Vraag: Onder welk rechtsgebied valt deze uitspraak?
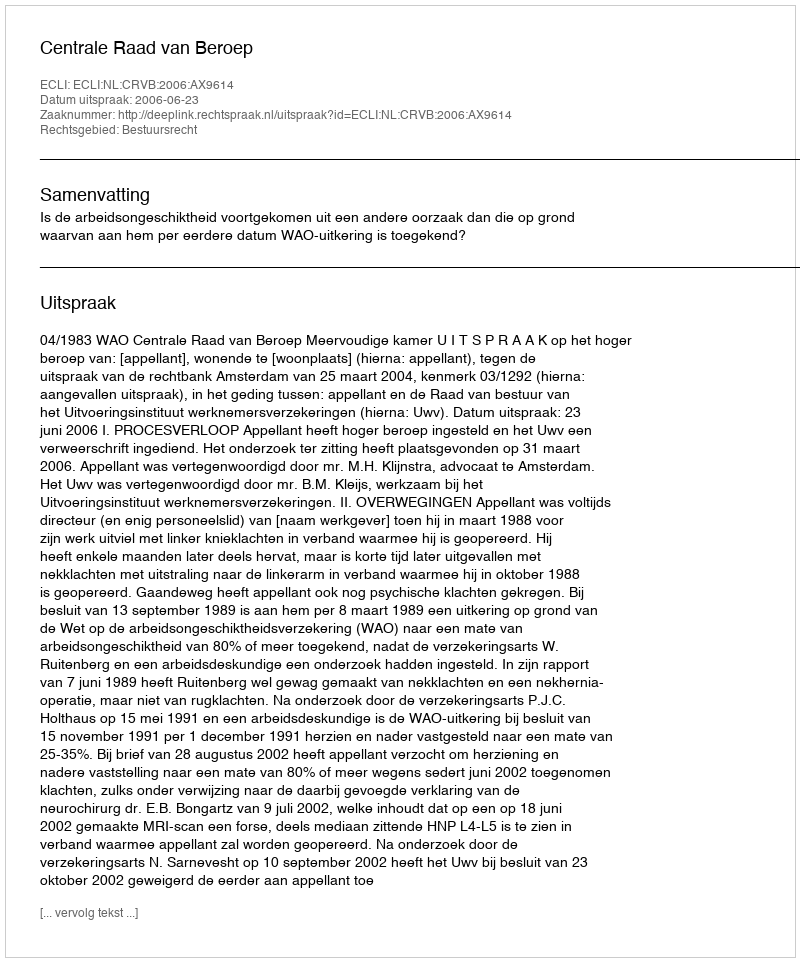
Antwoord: Bestuursrecht